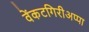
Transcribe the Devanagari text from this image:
वेंकटगिरीअप्पा